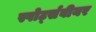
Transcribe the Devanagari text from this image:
स्पोर्ट्सवीयर